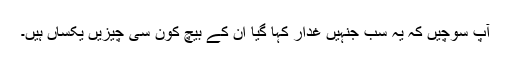
آپ سوچیں کہ یہ سب جنہیں غدار کہا گیا ان کے بیچ کون سی چیزیں یکساں ہیں۔